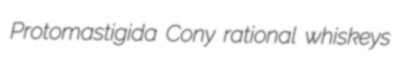
Protomastigida Cony rational whiskeys